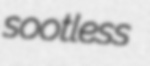
sootless